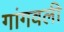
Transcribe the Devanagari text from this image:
गांगवली